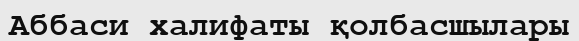
Аббаси халифаты қолбасшылары